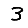
Digit: 3